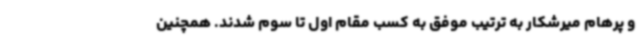
و پرهام میرشکار به ترتیب موفق به کسب مقام اول تا سوم شدند. همچنین